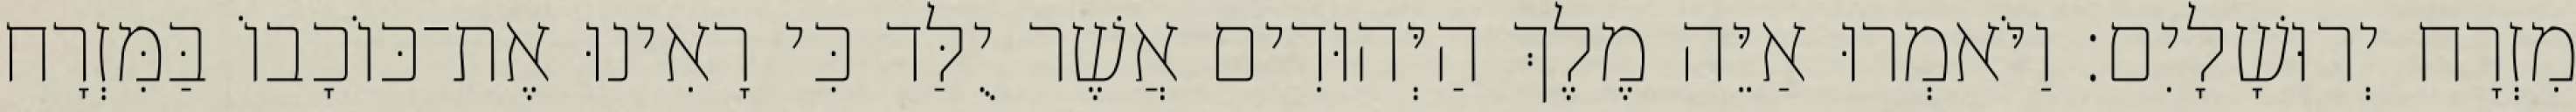
מִזְרָח יְרוּשָׁלָיִם׃ וַיֹּאמְרוּ אַיֵּה מֶלֶךְ הַיְּהוּדִים אֲשֶׁר יֻלַּד כִּי רָאִינוּ אֶת־כּוֹכָבוֹ בַּמִּזְרָח